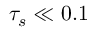
\tau _ { s } \ll 0 . 1